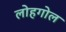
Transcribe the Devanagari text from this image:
लोहगोल